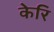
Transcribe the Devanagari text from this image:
केरि